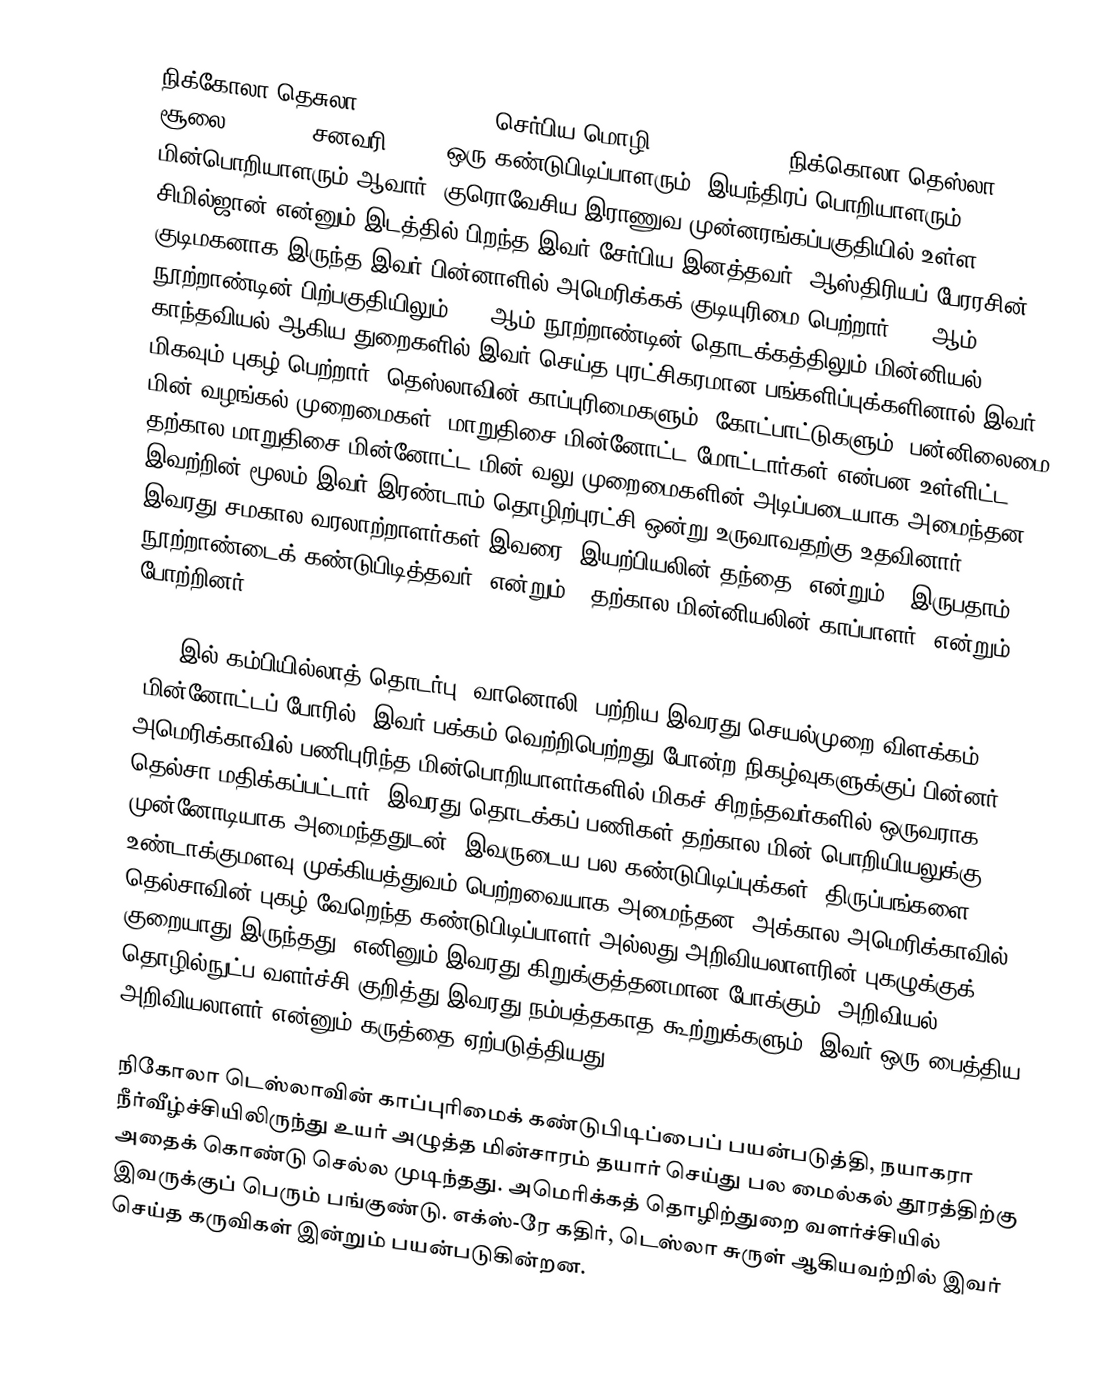
நிக்கோலா தெசுலா (Nikola Tesla, செர்பிய மொழி: Никола Тесла, நிக்கொலா தெஸ்லா, 10 சூலை 1856 – 7 சனவரி 1943) ஒரு கண்டுபிடிப்பாளரும், இயந்திரப் பொறியாளரும், மின்பொறியாளரும் ஆவார். குரொவேசிய இராணுவ முன்னரங்கப்பகுதியில் உள்ள சிமில்ஜான் என்னும் இடத்தில் பிறந்த இவர் சேர்பிய இனத்தவர். ஆஸ்திரியப் பேரரசின் குடிமகனாக இருந்த இவர் பின்னாளில் அமெரிக்கக் குடியுரிமை பெற்றார். 19 ஆம் நூற்றாண்டின் பிற்பகுதியிலும், 20 ஆம் நூற்றாண்டின் தொடக்கத்திலும் மின்னியல், காந்தவியல் ஆகிய துறைகளில் இவர் செய்த புரட்சிகரமான பங்களிப்புக்களினால் இவர் மிகவும் புகழ் பெற்றார். தெஸ்லாவின் காப்புரிமைகளும், கோட்பாட்டுகளும்; பன்னிலைமை மின் வழங்கல் முறைமைகள், மாறுதிசை மின்னோட்ட மோட்டார்கள் என்பன உள்ளிட்ட, தற்கால மாறுதிசை மின்னோட்ட மின் வலு முறைமைகளின் அடிப்படையாக அமைந்தன. இவற்றின் மூலம் இவர் இரண்டாம் தொழிற்புரட்சி ஒன்று உருவாவதற்கு உதவினார். இவரது சமகால வரலாற்றாளர்கள் இவரை "இயற்பியலின் தந்தை" என்றும், "இருபதாம் நூற்றாண்டைக் கண்டுபிடித்தவர்" என்றும், "தற்கால மின்னியலின் காப்பாளர்" என்றும் போற்றினர்.

1894 இல் கம்பியில்லாத் தொடர்பு (வானொலி) பற்றிய இவரது செயல்முறை விளக்கம், "மின்னோட்டப் போரில்" இவர் பக்கம் வெற்றிபெற்றது போன்ற நிகழ்வுகளுக்குப் பின்னர், அமெரிக்காவில் பணிபுரிந்த மின்பொறியாளர்களில் மிகச் சிறந்தவர்களில் ஒருவராக தெல்சா மதிக்கப்பட்டார். இவரது தொடக்கப் பணிகள் தற்கால மின் பொறியியலுக்கு முன்னோடியாக அமைந்ததுடன், இவருடைய பல கண்டுபிடிப்புக்கள், திருப்பங்களை உண்டாக்குமளவு முக்கியத்துவம் பெற்றவையாக அமைந்தன. அக்கால அமெரிக்காவில், தெல்சாவின் புகழ் வேறெந்த கண்டுபிடிப்பாளர் அல்லது அறிவியலாளரின் புகழுக்குக் குறையாது இருந்தது. எனினும் இவரது கிறுக்குத்தனமான போக்கும்; அறிவியல், தொழில்நுட்ப வளர்ச்சி குறித்து இவரது நம்பத்தகாத கூற்றுக்களும்; இவர் ஒரு பைத்திய அறிவியலாளர் என்னும் கருத்தை ஏற்படுத்தியது.

நிகோலா டெஸ்லாவின் காப்புரிமைக் கண்டுபிடிப்பைப் பயன்படுத்தி, நயாகரா நீர்வீழ்ச்சியிலிருந்து உயர் அழுத்த மின்சாரம் தயார் செய்து பல மைல்கல் தூரத்திற்கு அதைக் கொண்டு செல்ல முடிந்தது. அமெரிக்கத் தொழிற்துறை வளர்ச்சியில் இவருக்குப் பெரும் பங்குண்டு. எக்ஸ்-ரே கதிர், டெஸ்லா சுருள் ஆகியவற்றில் இவர் செய்த கருவிகள் இன்றும் பயன்படுகின்றன.